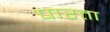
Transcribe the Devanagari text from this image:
पारता